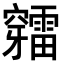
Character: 𥩉